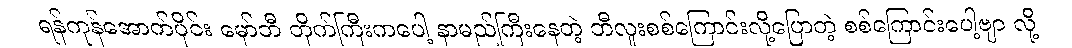
ရန်ကုန်အောက်ပိုင်း မှော်ဘီ တိုက်ကြီးကပေါ့ နာမည်ကြီးနေတဲ့ ဘီလူးစစ်ကြောင်းလို့ပြောတဲ့ စစ်ကြောင်းပေါ့ဗျာ လို့